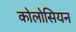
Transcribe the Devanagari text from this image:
कोलोसियन